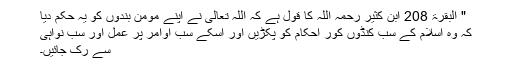
" البقرۃ 208 ابن کثیر رحمہ اللہ کا قول ہے کہ اللہ تعالی نے اپنے مومن بندوں کو یہ حکم دیا
کہ وہ اسلام کے سب کنڈوں کور احکام کو پکڑیں اور اسکے سب اوامر پر عمل اور سب نواہی
سے رک جائیں۔